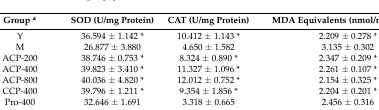
| Group a | SOD (U/mg Protein) | CAT (U/mg Protein) | MDA Equivalents (nmol/mg Protein) |
 | --- | --- | --- | --- |
 | Y | 36.594 ± 1.142 * | 10.412 ± 1.143 * | 2.209 ± 0.278 * |
 | M | 26.877 ± 3.880 | 4.650 ± 1.582 | 3.135 ± 0.302 |
 | ACP-200 | 38.746 ± 0.753 * | 8.324 ± 0.890 * | 2.347 ± 0.209 * |
 | ACP-400 | 39.823 ± 3.410 * | 11.327 ± 1.096 * | 2.261 ± 0.107 * |
 | ACP-800 | 40.036 ± 4.820 * | 12.012 ± 0.752 * | 2.154 ± 0.325 * |
 | CCP-400 | 39.796 ± 1.211 * | 9.354 ± 1.856 * | 2.204 ± 0.201 * |
 | Pro-400 | 32.646 ± 1.691 | 3.318 ± 0.665 | 2.456 ± 0.316 |